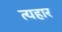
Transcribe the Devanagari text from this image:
त्यहार